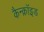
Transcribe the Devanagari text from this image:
कैन्क्रॉइड